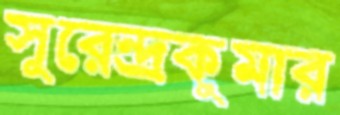
সুরেন্দ্রকুমার